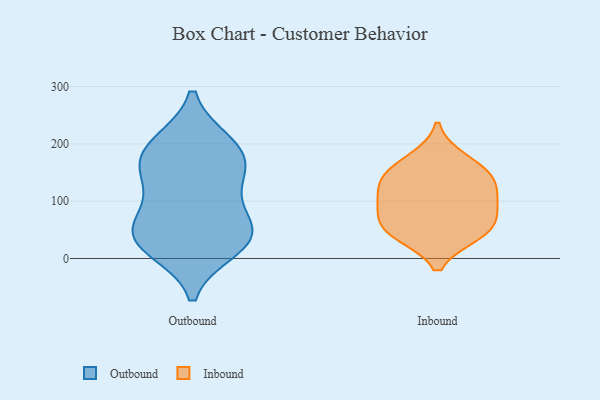
{"axis": {"x": "Shipments", "y": "Value"}, "legend": ["Inbound", "Outbound"], "data": [{"x": "", "y": 37, "type": "Outbound"}, {"x": "", "y": 175, "type": "Outbound"}, {"x": "", "y": 43, "type": "Outbound"}, {"x": "", "y": 42, "type": "Outbound"}, {"x": "", "y": 195, "type": "Outbound"}, {"x": "", "y": 199, "type": "Outbound"}, {"x": "", "y": 19, "type": "Outbound"}, {"x": "", "y": 158, "type": "Outbound"}, {"x": "", "y": 141, "type": "Outbound"}, {"x": "", "y": 45, "type": "Outbound"}, {"x": "", "y": 99, "type": "Outbound"}, {"x": "", "y": 138, "type": "Inbound"}, {"x": "", "y": 151, "type": "Inbound"}, {"x": "", "y": 92, "type": "Inbound"}, {"x": "", "y": 80, "type": "Inbound"}, {"x": "", "y": 132, "type": "Inbound"}, {"x": "", "y": 174, "type": "Inbound"}, {"x": "", "y": 46, "type": "Inbound"}, {"x": "", "y": 42, "type": "Inbound"}, {"x": "", "y": 50, "type": "Inbound"}, {"x": "", "y": 105, "type": "Inbound"}]}